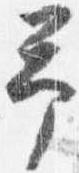
予